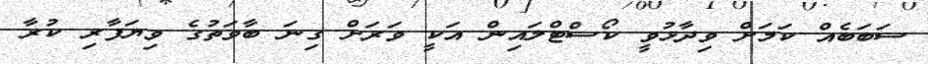
ސަބަބެއް ކަމަށް ވިދާޅުވީ ކޯސްޓްލައިން އަކީ ވަރަށް ގިނަ ބާވަތުގެ ވިޔަފާރި ކުރާ